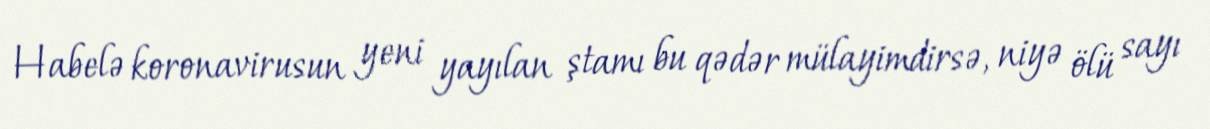
Habelə koronavirusun yeni yayılan ştamı bu qədər mülayimdirsə, niyə ölü sayı